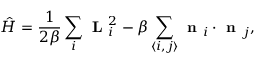
\hat { H } = \frac { 1 } { 2 \beta } \sum _ { i } \textbf { L } _ { i } ^ { 2 } - \beta \sum _ { \langle i , j \rangle } \textbf { n } _ { i } \cdot \textbf { n } _ { j } ,